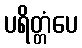
ပရိတ္တံပေ